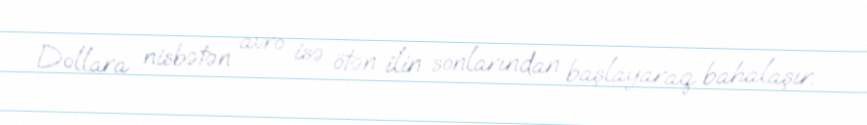
Dollara nisbətən avro isə ötən ilin sonlarından başlayaraq bahalaşır.